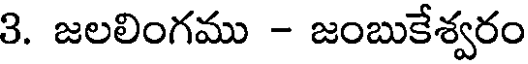
3. జలలింగము - జంబుకేశ్వరం